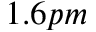
1 . 6 p m